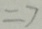
= 7